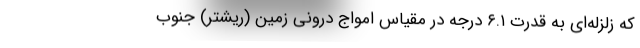
که زلزله‌ای به قدرت ۶.۱ درجه در مقیاس امواج درونی زمین (ریشتر) جنوب